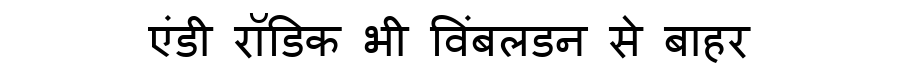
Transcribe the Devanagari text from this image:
एंडी रॉडिक भी विंबलडन से बाहर